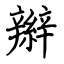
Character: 辮